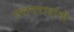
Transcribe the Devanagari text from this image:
उत्तमरावांनी